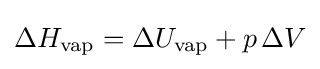
\Delta H_{\text{vap}}=\Delta U_{\text{vap}}+p\,\Delta V